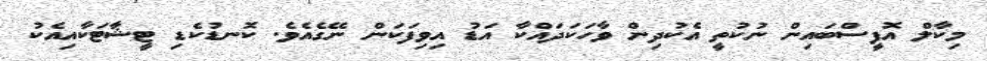
މިކާލް އޮފީސްބައިން ނުކުތީ އެކުދިން ވާހަކަދައްކާ އަޑު އިވިފަކަން ނޭގެއެވެ. ކޮނޑުކެޑި ޓީޝާޓަކާއިއެކު